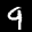
Digit: 9